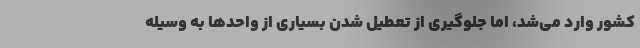
کشور وارد می‌شد، اما جلوگیری از تعطیل شدن بسیاری از واحد‌ها به وسیله